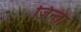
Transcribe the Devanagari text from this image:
ज़िन्ता